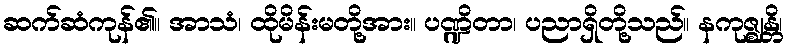
ဆက်ဆံကုန်၏။ အာသံ၊ ထိုမိန်းမတို့အား။ ပဏ္ဍိတာ၊ ပညာရှိတို့သည်။ နကုဇ္ဈန္တိ၊